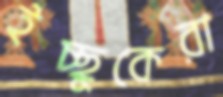
ইচ্ছুকেরা